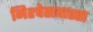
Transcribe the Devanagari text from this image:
निश्चेतावास्ता